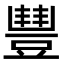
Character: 𧯽